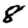
Digit: 8